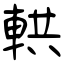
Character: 輁